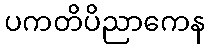
ပကတိပိညာကေန